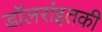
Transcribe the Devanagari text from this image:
डॉलरांइतकी